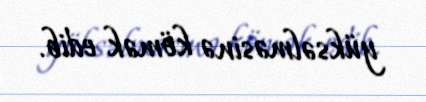
yüksəlməsinə kömək edib.